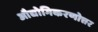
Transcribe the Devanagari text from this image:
औद्योगिकरणोत्तर